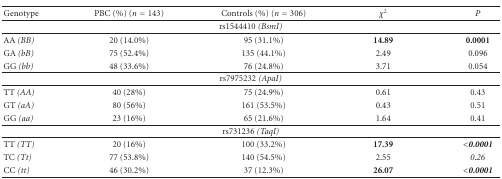
<table><thead><tr><td><b>Genotype</b></td><td><b>PBC (%) (<i>n</i> = 143)</b></td><td><b>Controls (%) (<i>n</i> = 306)</b></td><td><b><i>χ</i><sup>2</sup></b></td><td><b><i>P</i></b></td></tr></thead><tbody><tr><td colspan="5">rs1544410 <i>(BsmI) </i></td></tr><tr><td>AA <i>(BB) </i></td><td>20 (14.0%)</td><td>95 (31.1%)</td><td><b>14.89</b></td><td><b>0.0001</b></td></tr><tr><td>GA <i>(bB) </i></td><td>75 (52.4%)</td><td>135 (44.1%)</td><td>2.49</td><td>0.096</td></tr><tr><td>GG <i>(bb) </i></td><td>48 (33.6%)</td><td>76 (24.8%)</td><td>3.71</td><td>0.054 </td></tr><tr><td colspan="5">rs7975232 <i>(ApaI) </i></td></tr><tr><td>TT <i>(AA) </i></td><td>40 (28%)</td><td>75 (24.9%)</td><td>0.61</td><td>0.43</td></tr><tr><td>GT <i>(aA) </i></td><td>80 (56%)</td><td>161 (53.5%)</td><td>0.43</td><td>0.51</td></tr><tr><td>GG <i>(aa) </i></td><td>23 (16%)</td><td>65 (21.6%)</td><td>1.64</td><td>0.41 </td></tr><tr><td colspan="5">rs731236 <i>(TaqI) </i></td></tr><tr><td>TT <i>(TT) </i></td><td>20 (16%)</td><td>100 (33.2%)</td><td><b>17.39</b></td><td><b><i>&lt;0</i>.<i>0001 </i></b></td></tr><tr><td>TC <i>(Tt) </i></td><td>77 (53.8%)</td><td>140 (54.5%)</td><td>2.55</td><td><i>0</i>.<i>26 </i></td></tr><tr><td>CC <i>(tt) </i></td><td>46 (30.2%)</td><td>37 (12.3%)</td><td><b>26.07</b></td><td><b><i>&lt;0</i>.<i>0001 </i></b></td></tr></tbody></table>